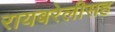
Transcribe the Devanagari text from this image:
रायबरेलीसह